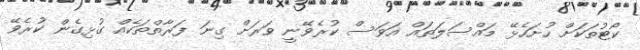
ކޯޓުތަކަށް ހުށަހެޅޭ މައްސަލަތައް އަވަސް ކުރެވޭނީ ވަރަށް ގިނަ ފަރާތްތަކެއް ގުޅިގެން ކުރެވޭ